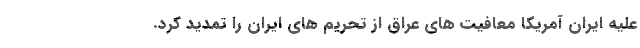
علیه ایران آمریکا معافیت های عراق از تحریم های ایران را تمدید کرد.